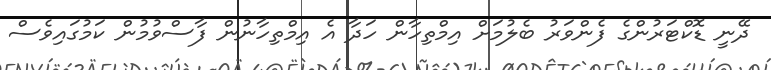
ދޭނީ ޑޮކްޓަރުންގެ ފެންވަރު ބެލުމަށް އިމްތިހާން ހަދާ އެ އިމްތިހާނުން ފާސްވުމުން ކަމުގައިވެސް